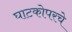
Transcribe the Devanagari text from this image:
घाटकोपरचे